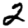
Digit: 2